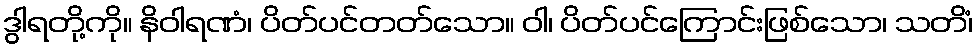
ဒွါရတို့ကို။ နိဝါရဏံ၊ ပိတ်ပင်တတ်သော။ ဝါ၊ ပိတ်ပင်ကြောင်းဖြစ်သော၊ သတိံ၊